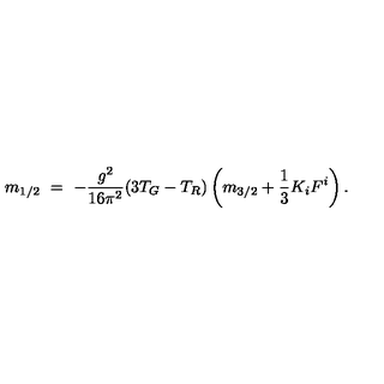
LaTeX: m _ { 1 / 2 } \ = \ - { \frac { g ^ { 2 } } { 1 6 \pi ^ { 2 } } } ( 3 T _ { G } - T _ { R } ) \left( m _ { 3 / 2 } + { \frac { 1 } { 3 } } K _ { i } F ^ { i } \right) .